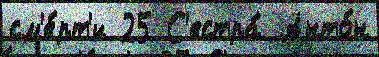
см'е́рт'и 25 С'естра́ Анто́н